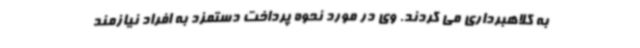
به کلاهبرداری می کردند. وی در مورد نحوه پرداخت دستمزد به افراد نیازمند